Lunatic asylums Central Provinces reports 1874-1885 - 1874-1885
Year: 1874
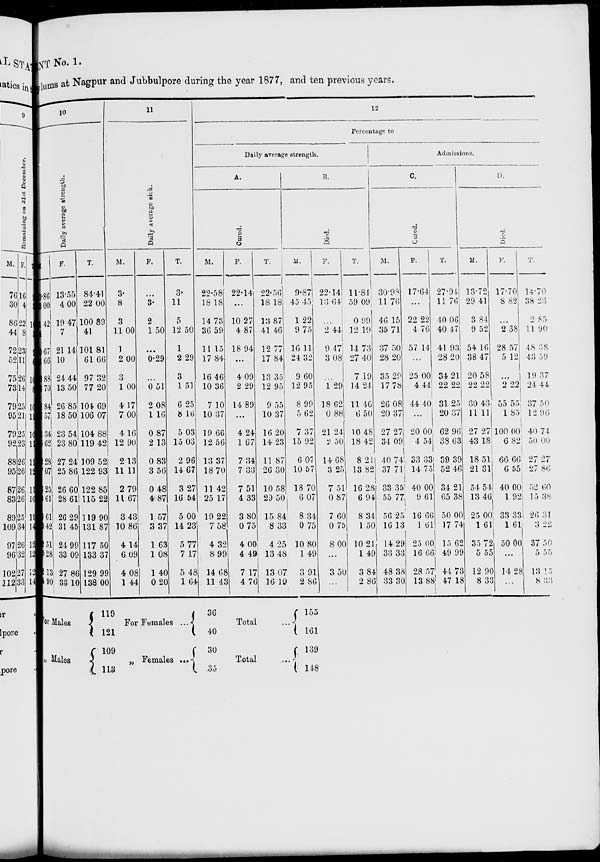
NT No. 1.
Asylums at Nagpur and Jubbulpore during the year 1877, and ten previous years.
10
Daily average strength.
M.
.86
.00
42
67
66
88
70
84
57
34
62
28
07
25
61
61
42
51
28
13
90
F.
13.55
4.00
19.47
7
21.14
10
24.44
13.50
26.85
18.50
23.54
23.80
27.24
25.86
26.60
28.61
26.29
31.45
24.99
33.09
27.86
33.10
T.
84.41
22.00
100.89
41
101.81
61.66
97.32
77.20
104.69
106.07
104.88
119.42
109.52
122.93
122.85
115. 22
119.90
131.87
117.50
133.37
129.99
138.00
11
Daily average sick.
M.
3.
8
3
11.00
1
2.00
3
1.00
4.17
7.00
4.16
12.90
2.13
11.11
2.79
11.67
3.43
10.86
4.14
6.09
4.08
1.44
F.
...
3.
2
1.50
...
0.29
...
0.51
2.08
1.16
0.87
2.13
0.83
3.56
0.48
4.87
1.57
3.37
1.63
1.08
1.40
0.20
T.
3.
11
5
12.50
1
2.29
3
1.51
6.25
8.16
5.03
15.03
2.96
14.67
3.27
16.54
5.00
14.23
5.77
7.17
5.48
1.64
12
Percentage to
Daily average strength.
A.
Cured.
M.
22.58
18.18
14.73
36.59
11.15
17.84
16.46
10.36
7.10
10.37
19.66
12.56
13.37
18.70
11.42
25.17
19.22
7.58
4.32
8.99
14.68
11.43
F.
22.14
...
10.27
4.87
18.94
...
4.09
2.29
14.89
...
4.24
1.67
7.34
7.33
7.51
4.33
3.80
0.75
4.00
4.49
7.17
4.76
T.
22.56
18.18
13.87
41.46
12.77
17.84
13.35
12.95
9.55
10.37
16.20
14.23
11.87
26.30
10.58
29.50
15.84
8.33
4.25
13.48
13.07
16.19
B.
Died.
M.
9.87
45.45
1.22
9.75
16.11
24.32
9.60
12.95
8.99
5.62
7.37
15.92
6.07
10.57
18.70
6.07
8.34
0.75
10.80
1.49
3.91
2.86
F.
22.14
13.64
...
2.44
9.47
3.08
...
1.29
18.62
0.88
21.24
2.50
14.68
3.25
7.51
0.87
7.60
0.75
8.00
...
3.50
...
T.
11.84
59.09
0.99
12.19
14.73
27.40
7.19
14.24
11.46
6.50
10.48
18.42
8.21
13.82
16.28
6.94
8.34
1.50
10.21
1.49
3.84
2.86
Admissions.
C.
Cured.
M.
30.98
11.76
46.15
35.71
37.50
28.20
35.29
17.78
26.08
20.37
27.27
34.09
40.74
37.71
33.35
55.77
56.25
16.13
14.29
33.33
48.38
33.30
F.
17.64
...
22.22
4.76
57.14
...
25.00
4.44
44.40
...
20.00
4.54
33.33
14.75
40.00
9.61
16.66
1.61
25.00
16.66
28.57
13.88
T.
27.94
11.76
40.06
40.47
41.93
28.20
34.21
22.22
31.25
20.37
62.96
38.63
39.39
52.46
34.21
65.38
50.00
17.74
15.62
49.99
44.73
47.18
D.
Died.
M.
13.72
29.41
3.84
9.52
54.16
38.47
20.58
22.22
30.43
11.11
27.27
43.18
18.51
21.31
54.54
13.46
25.00
1.61
35.72
5.55
12.90
8.33
F.
17.70
8.82
...
2.38
28.57
5.12
...
2.22
55.55
1.85
100.00
6.82
66.66
6.55
40.00
1.92
33.33
1.61
50.00
...
14.28
...
T.
14.70
38.23
2.85
11.90
48.38
43.59
19.37
24.44
37.50
12.96
40.74
50.00
27.27
27.86
52.60
15.38
26. 31
3.22
37.50
5.55
13.15
8.33
For Males
„ Males
119
121
109
113
For Females ...
„ Females ...
36
40
30
35
Total ...
Total ...
155
161
139
148